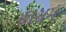
હાસમ